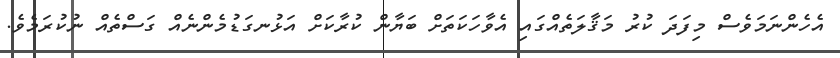
އެހެންނަމަވެސް މިފަދަ ކުރު މަޤާލަތެއްގައި އެވާހަކަތަށް ބަޔާން ކުރާކަށް އަޅުނގަޑުމެންނެއް ގަސްތެއް ނުކުރަމެވެ.